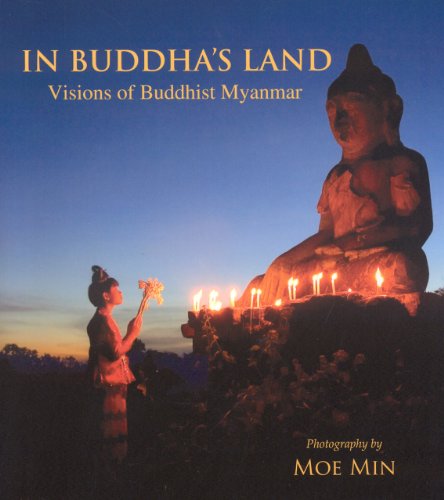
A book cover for In Buddha's Land; Travel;